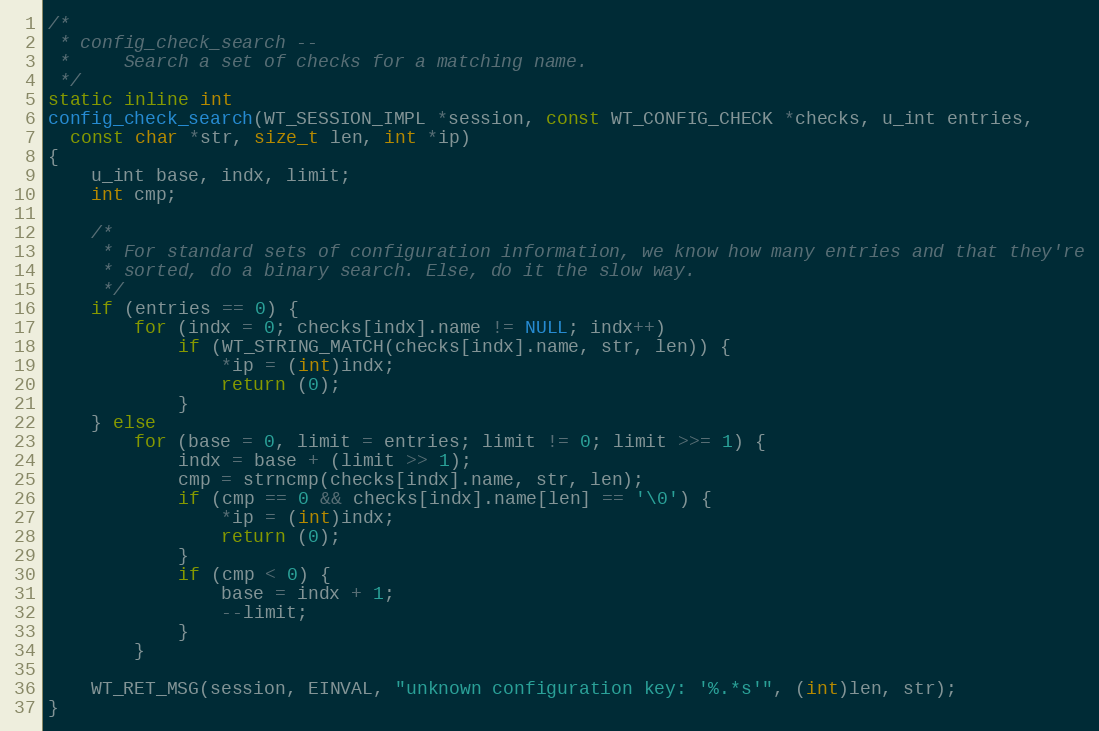
Language: C
/*
 * config_check_search --
 *     Search a set of checks for a matching name.
 */
static inline int
config_check_search(WT_SESSION_IMPL *session, const WT_CONFIG_CHECK *checks, u_int entries,
  const char *str, size_t len, int *ip)
{
    u_int base, indx, limit;
    int cmp;

    /*
     * For standard sets of configuration information, we know how many entries and that they're
     * sorted, do a binary search. Else, do it the slow way.
     */
    if (entries == 0) {
        for (indx = 0; checks[indx].name != NULL; indx++)
            if (WT_STRING_MATCH(checks[indx].name, str, len)) {
                *ip = (int)indx;
                return (0);
            }
    } else
        for (base = 0, limit = entries; limit != 0; limit >>= 1) {
            indx = base + (limit >> 1);
            cmp = strncmp(checks[indx].name, str, len);
            if (cmp == 0 && checks[indx].name[len] == '\0') {
                *ip = (int)indx;
                return (0);
            }
            if (cmp < 0) {
                base = indx + 1;
                --limit;
            }
        }

    WT_RET_MSG(session, EINVAL, "unknown configuration key: '%.*s'", (int)len, str);
}